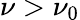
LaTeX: \nu>\nu_{0}